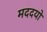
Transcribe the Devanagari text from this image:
मददयो